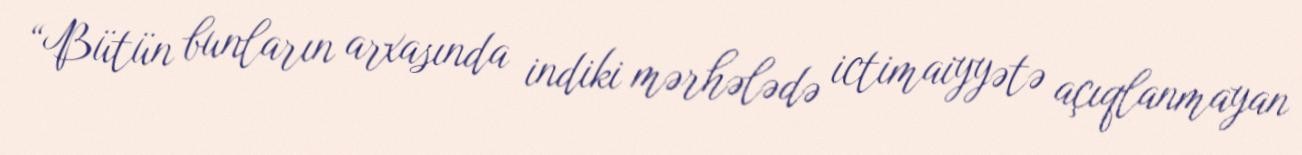
“Bütün bunların arxasında indiki mərhələdə ictimaiyyətə açıqlanmayan